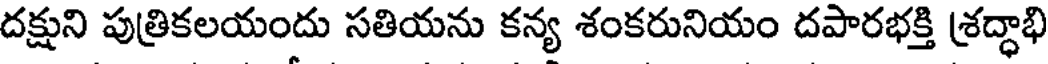
దక్షుని పుత్రికలయందు సతియను కన్య శంకరునియం దపారభక్తి శ్రద్ధాభి